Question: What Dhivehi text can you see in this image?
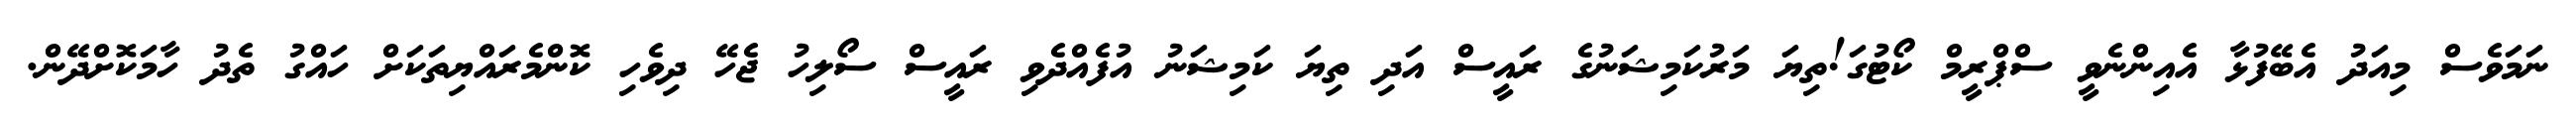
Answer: ނަމަވެސް މިއަދު އެބޭފުޅާ އެއިންނެވީ ސްޕްރީމް ކޯޓުގަ!ތިޔަ މަރުކަމިޝަނުގެ ރައީސް އަދި ތިޔަ ކަމިޝަނު އުފެއްދެވި ރައީސް ސޯލިހު ޖެހޭ ދިވެހި ކޮންމެރައްޔިތަކަށް ހައްގު ތެދު ހާމަކޮށްދޭން.